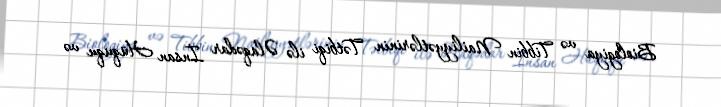
Biologiya və Tibbin Nailiyyətlərinin Tətbiqi ilə Əlaqədar İnsan Hüququ və